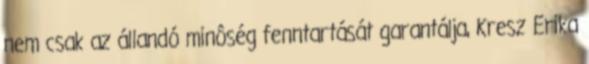
nem csak az állandó minôség fenntartását garantálja, Kresz Erika